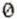
0